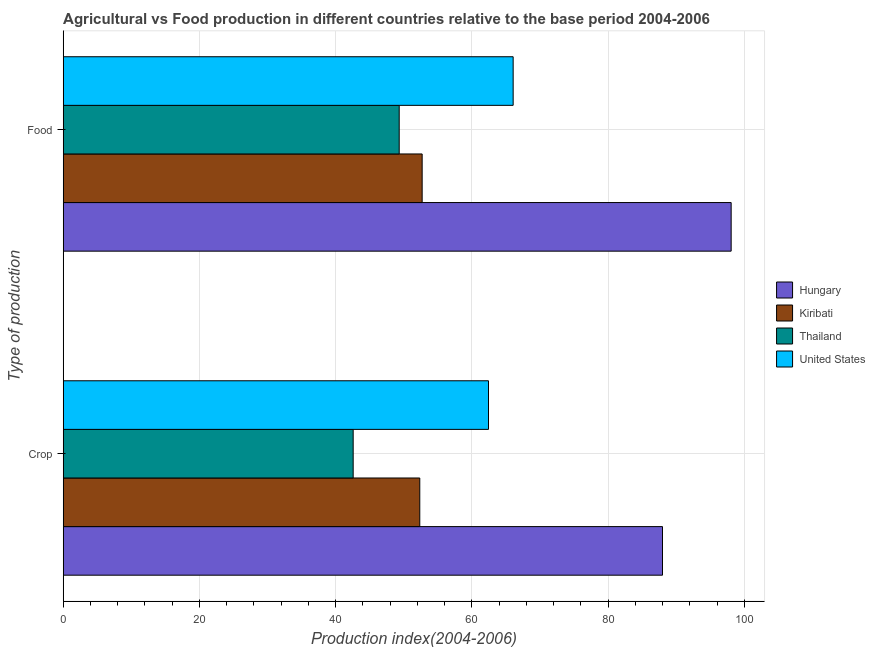
| Type of production | Hungary | Kiribati | Thailand | United States |
 | --- | --- | --- | --- | --- |
 | Crop | 88 | 52.4 | 42.6 | 62.4 |
 | Food | 98.1 | 52.7 | 49.3 | 66.1 |